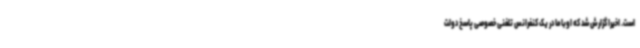
است. اخیرا گزارش شد که اوباما در یک کنفرانس تلفنی خصوصی پاسخ دولت